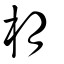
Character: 枂